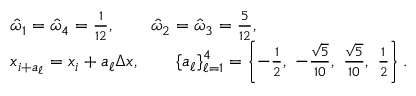
\begin{array} { r l } & { \hat { \omega } _ { 1 } = \hat { \omega } _ { 4 } = \frac { 1 } { 1 2 } , \qquad \hat { \omega } _ { 2 } = \hat { \omega } _ { 3 } = \frac { 5 } { 1 2 } , } \\ & { x _ { i + a _ { \ell } } = x _ { i } + a _ { \ell } \Delta x , \qquad \{ a _ { \ell } \} _ { \ell = 1 } ^ { 4 } = \left\{ - \frac { 1 } { 2 } , ~ - \frac { \sqrt { 5 } } { 1 0 } , ~ \frac { \sqrt { 5 } } { 1 0 } , ~ \frac { 1 } { 2 } \right\} . } \end{array}